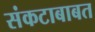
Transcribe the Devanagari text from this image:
संकटाबाबत